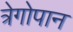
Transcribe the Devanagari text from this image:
त्रेगोपान